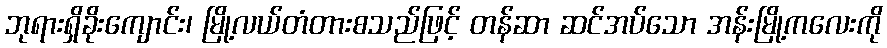
ဘုရားရှိခိုးကျောင်း၊ မြို့လယ်တံတားစသည်ဖြင့် တန်ဆာ ဆင်အပ်သော အန်းမြို့ကလေးကို